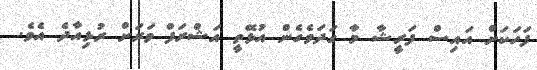
ފަހަކަށް އައިސް ފަރީޝާ މާ ގަދަވެގެން އުޅޭތީ އަޝްރަފް ވަރަށް ރުޅިއާދެ އެވެ.